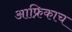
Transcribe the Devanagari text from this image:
आफ्रिकाच